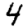
Digit: 4